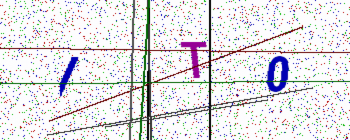
Text: IT0